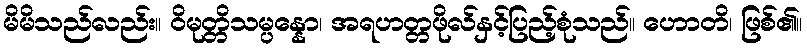
မိမိသည်လည်း။ ဝိမုတ္တိသမ္ပန္နော၊ အရဟတ္တဖိုလ်နှင့်ပြည့်စုံသည်။ ဟောတိ၊ ဖြစ်၏။